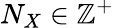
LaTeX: N_{X}\in\mathbb{Z}^{+}